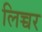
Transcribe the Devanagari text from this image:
लिच्चर